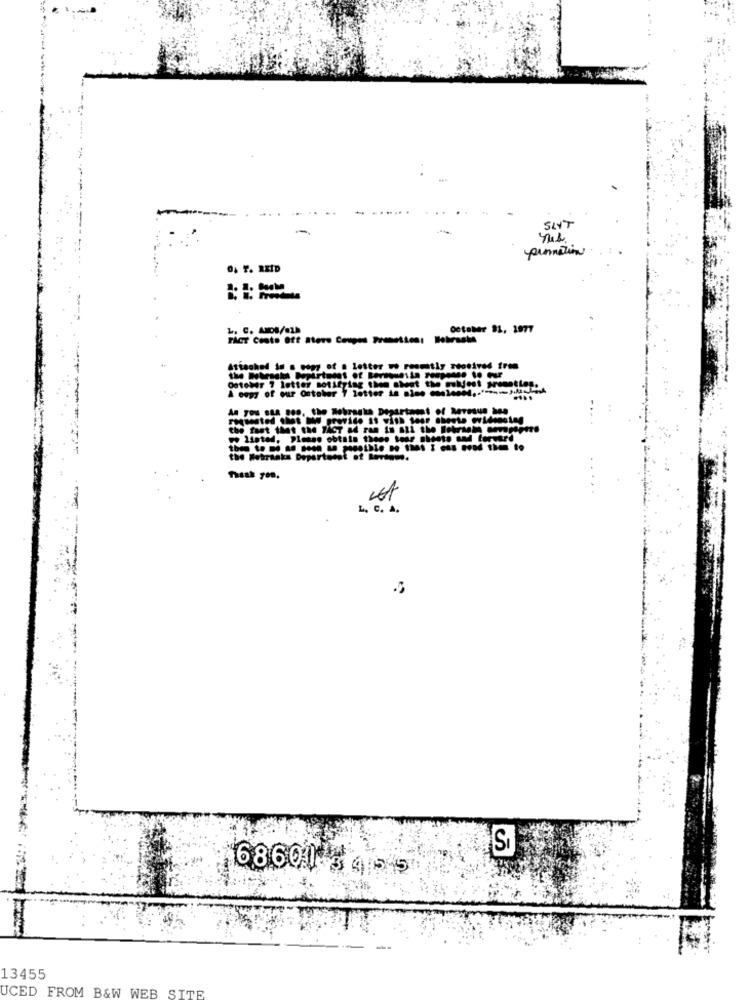
SENT
promotion
0% F. REID
L. C. ANDB/81h
october 81, 1977
TACT Conto Off Aters Coupes Premetton: Hebrashe
Attached in a copy of a letter w reemtly stosived from
A copy of our Ontoher 7 letter in ales coolest. . ">=).M
AF : letter notifying them sheet the molest premettog.
.....
As you sua 200, the Mebragka Department of Reresun bon
As you BAA
requested that Is provide st with tour sheets evidensleg
the fast that the Fier ad ran in all the Betraem omphpre
the Webranks Doportoent of Review.
L. c. A.
SJ
68601 455
13455
UCED FROM B&W WEB SITE